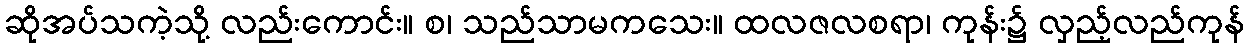
ဆိုအပ်သကဲ့သို့ လည်းကောင်း။ စ၊ သည်သာမကသေး။ ထလဇလစရာ၊ ကုန်း၌ လှည့်လည်ကုန်